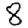
Digit: 8